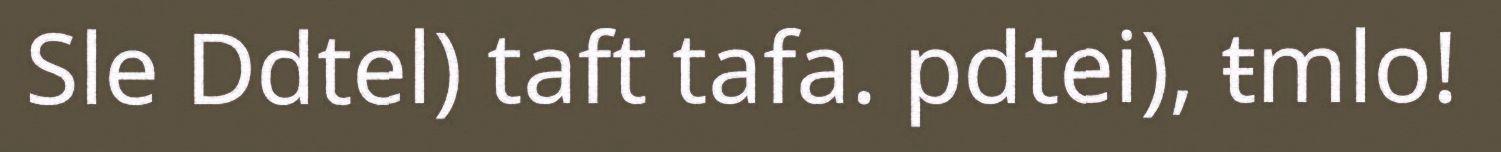
Sle Ddtel) taft tafa. pdtei), ŧmlo!